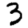
Digit: 3